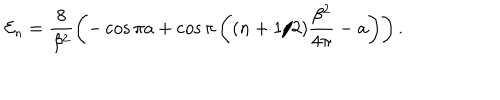
LaTeX: { \cal E } _ { n } = \frac { 8 } { \beta ^ { 2 } } \left( - \cos \pi a + \cos { \pi } \left( ( n + 1 / 2 ) \frac { \beta ^ { 2 } } { 4 \pi } - a \right) \right) .